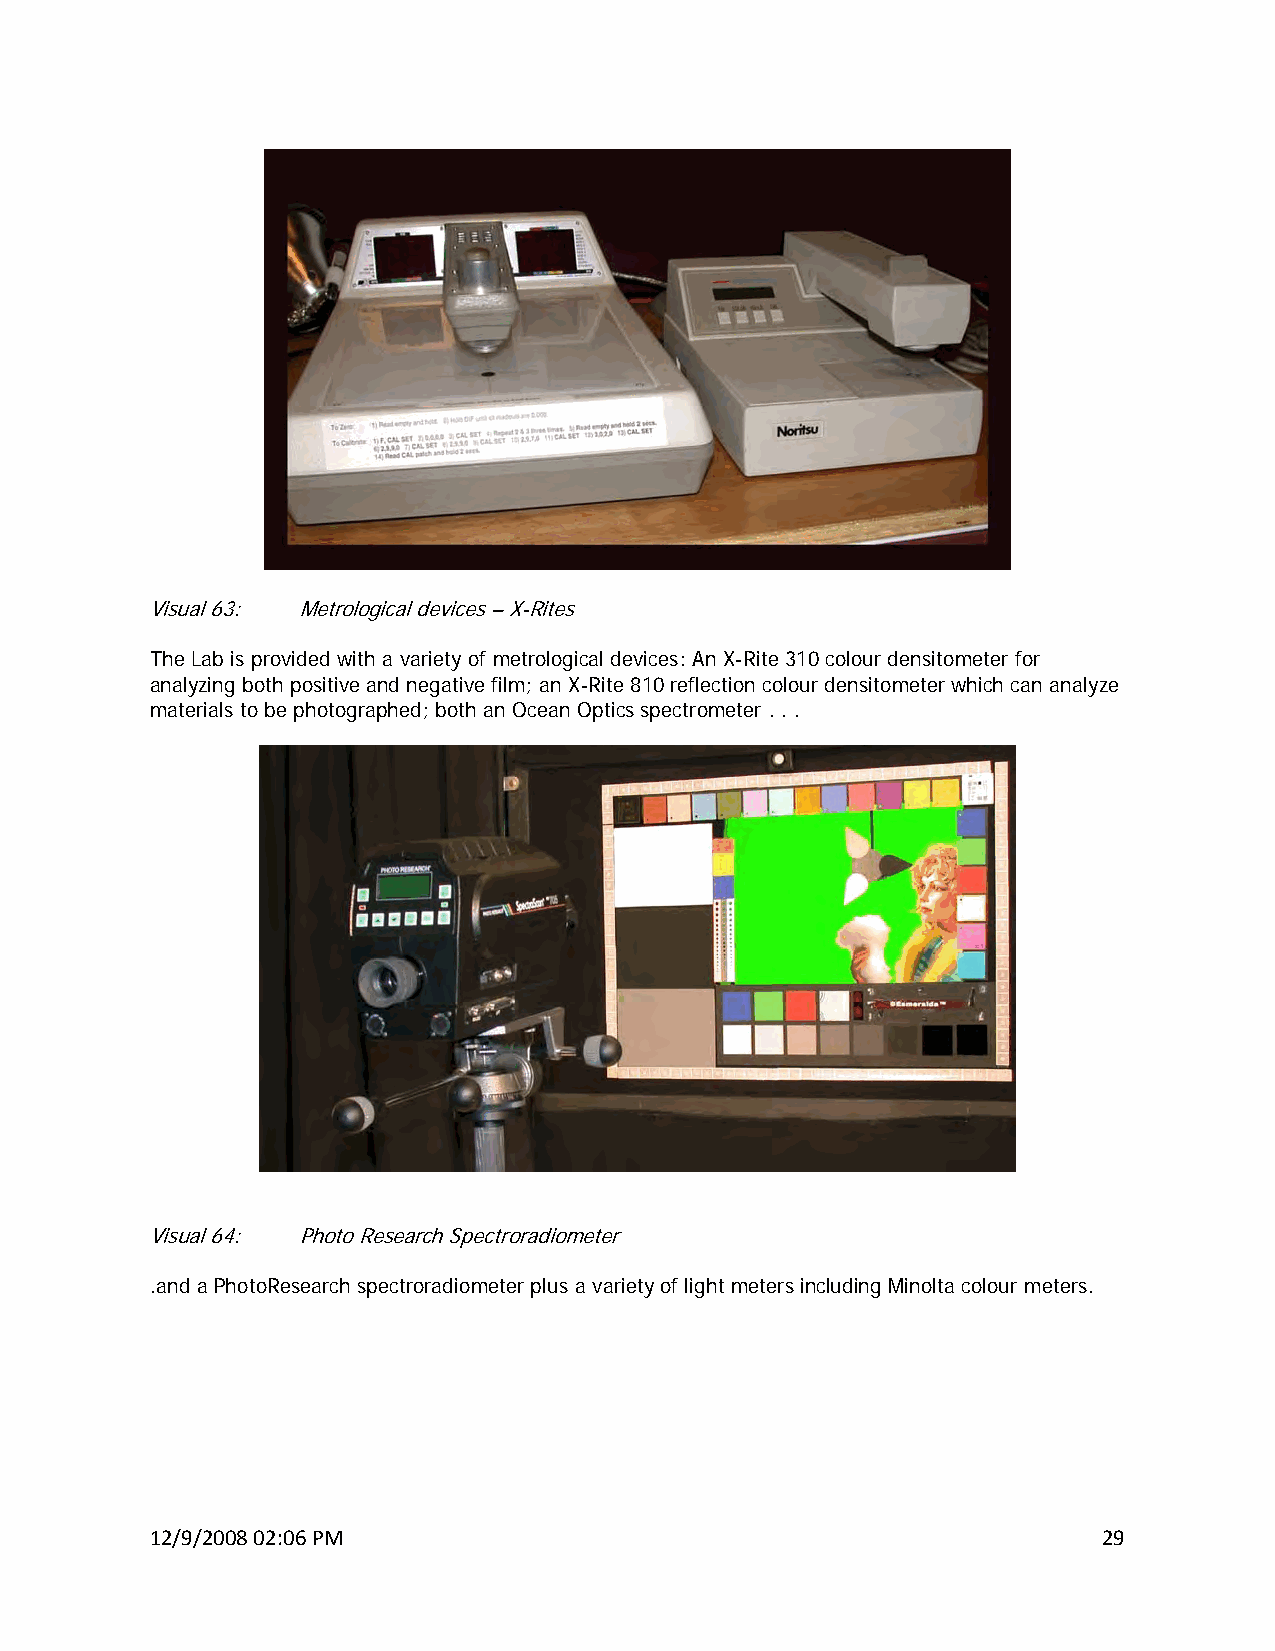
Visual 63: Metrological devices – X-Rites
 The Lab is provided with a variety of metrological devices: An X-Rite 310 colour densitometer for
 analyzing both positive and negative film; an X-Rite 810 reflection colour densitometer which can analyze
 materials to be photographed; both an Ocean Optics spectrometer . . .
 Visual 64: Photo Research Spectroradiometer
 .and a PhotoResearch spectroradiometer plus a variety of light meters including Minolta colour meters.
 12/9/2008 02:06 PM                                             29